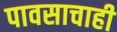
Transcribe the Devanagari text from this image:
पावसाचाही